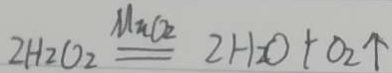
2 H _ { 2 } O _ { 2 } \xlongequal { M n O _ { 2 } } 2 H _ { 2 } O + O _ { 2 } \uparrow